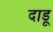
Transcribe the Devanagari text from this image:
दाडू